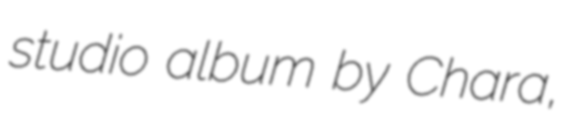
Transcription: studio album by Chara,